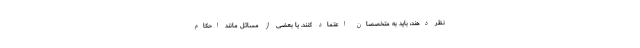
نظر دهند، باید به متخصصان اعتماد کنند. یا بعضی از مسائل مانند احکام